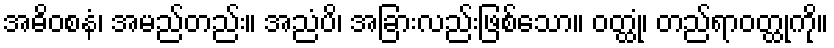
အဓိဝစနံ၊ အမည်တည်း။ အညံပိ၊ အခြားလည်းဖြစ်သော။ ဝတ္ထုံ၊ တည်ရာဝတ္ထုကို။